Indian journal of veterinary science and animal husbandry - Volume 1,
Year: 1931
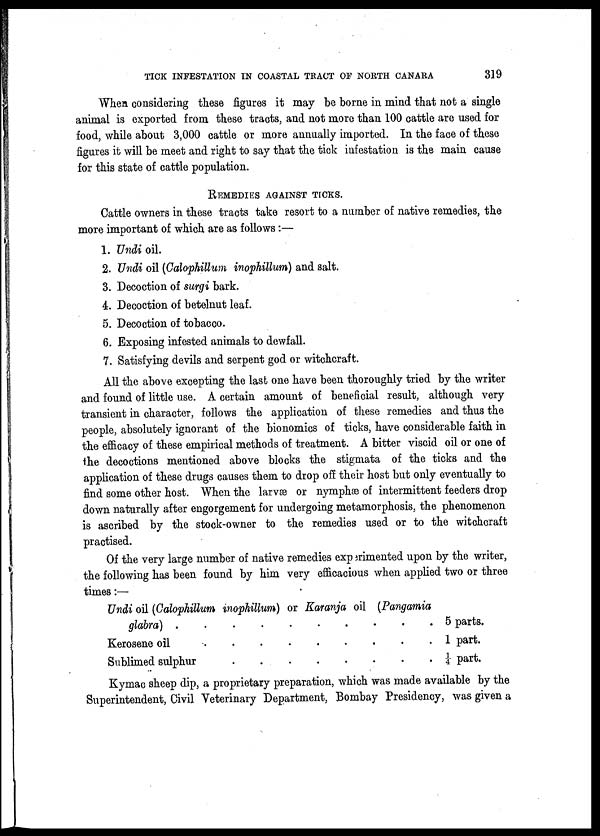
TICK INFESTATION IN COASTAL TRACT OF NORTH CANARA
319
When considering these figures it may be borne in mind that not a single
animal is exported from these tracts, and not more than 100 cattle are used for
food, while about 3,000 cattle or more annually imported. In the face of these
figures it will be meet and right to say that the tick infestation is the main cause
for this state of cattle population.
REMEDIES AGAINST TICKS.
Cattle owners in these tracts take resort to a number of native remedies, the
more important of which are as follows :—
1. Undi oil.
2. Undi oil (Calophillum inophillum) and salt.
3. Decoction of surgi bark.
4. Decoction of betelnut leaf.
5. Decoction of tobacco.
6. Exposing infested animals to dewfall.
7. Satisfying devils and serpent god or witchcraft.
All the above excepting the last one have been thoroughly tried by the writer
and found of little use. A certain amount of beneficial result, although very
transient in character, follows the application of these remedies and thus the
people, absolutely ignorant of the bionomics of ticks, have considerable faith in
the efficacy of these empirical methods of treatment. A bitter viscid oil or one of
the decoctions mentioned above blocks the stigmata of the ticks and the
application of these drugs causes them to drop off their host but only eventually to
find some other host. When the larvæ or nymphæ of intermittent feeders drop
down naturally after engorgement for undergoing metamorphosis, the phenomenon
is ascribed by the stock-owner to the remedies used or to the witchcraft
practised.
Of the very large number of native remedies experimented upon by the writer,
the following has been found by him very efficacious when applied two or three
times:—
Undi oil (Calophillum inophillum) or Karanja oil (Pangamia
glabra)
5 parts.
Kerosene oil
1 part.
Sublimed sulphur
¼
part.
Kymac sheep dip, a proprietary preparation, which was made available by the
Superintendent, Civil Veterinary Department, Bombay Presidency, was given a